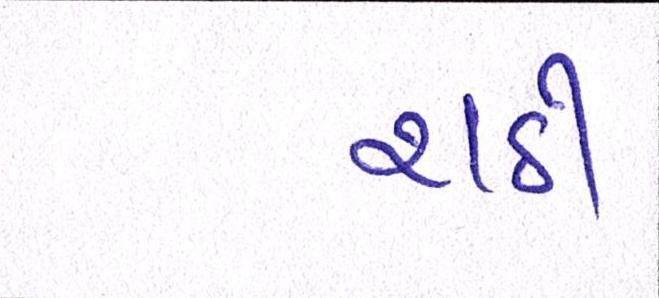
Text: રાઠી